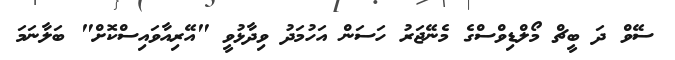
ސޭވް ދަ ބީޗް މޯލްޑިވްސްގެ މެނޭޖަރު ހަސަން އަހުމަދު ވިދާޅުވީ "އޭރިއާވައިސްކޮށް" ބަލާނަމަ